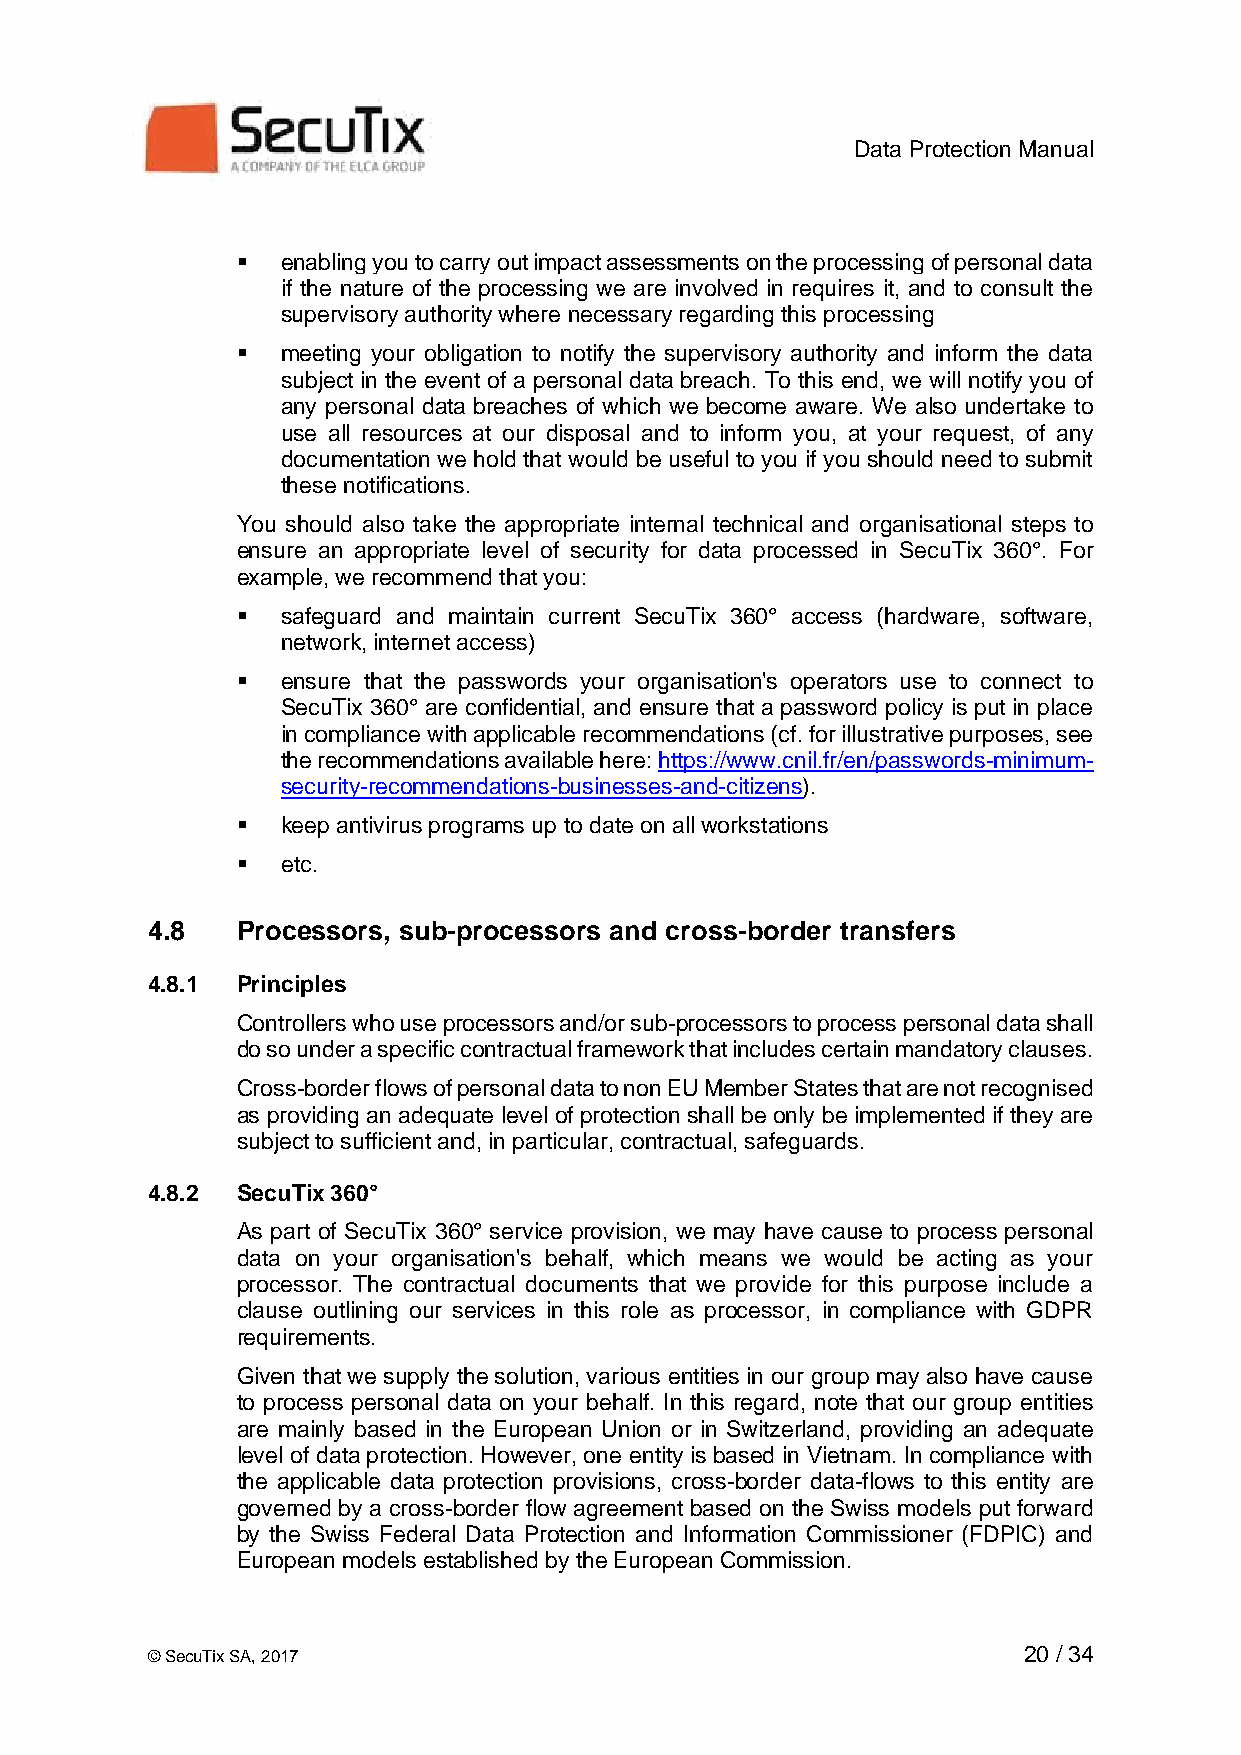
Data Protection Manual
 ▪  enabling you to carry out impact assessments on the processing of personal data
 if the nature of the processing we are involved in requires it, and to consult the
 supervisory authority where necessary regarding this processing
 ▪  meeting your obligation to notify the supervisory authority and inform the data
 subject in the event of a personal data breach. To this end, we will notify you of
 any personal data breaches of which we become aware. We also undertake to
 use all resources at our disposal and to inform you, at your request, of any
 documentation we hold that would be useful to you if you should need to submit
 these notifications.
 You should also take the appropriate internal technical and organisational steps to
 ensure an appropriate level of security for data processed in SecuTix 360°. For
 example, we recommend that you:
 ▪  safeguard and maintain current SecuTix 360° access (hardware, software,
 network, internet access)
 ▪  ensure that the passwords your organisation's operators use to connect to
 SecuTix 360° are confidential, and ensure that a password policy is put in place
 in compliance with applicable recommendations (cf. for illustrative purposes, see
 the recommendations available here: https://www.cnil.fr/en/passwords-minimum-
 security-recommendations-businesses-and-citizens).
 ▪  keep antivirus programs up to date on all workstations
 ▪  etc.
 4.8   Processors, sub-processors and cross-border transfers
 4.8.1 Principles
 Controllers who use processors and/or sub-processors to process personal data shall
 do so under a specific contractual framework that includes certain mandatory clauses.
 Cross-border flows of personal data to non EU Member States that are not recognised
 as providing an adequate level of protection shall be only be implemented if they are
 subject to sufficient and, in particular, contractual, safeguards.
 4.8.2 SecuTix 360°
 As part of SecuTix 360° service provision, we may have cause to process personal
 data on your organisation's behalf, which means we would be acting as your
 processor. The contractual documents that we provide for this purpose include a
 clause outlining our services in this role as processor, in compliance with GDPR
 requirements.
 Given that we supply the solution, various entities in our group may also have cause
 to process personal data on your behalf. In this regard, note that our group entities
 are mainly based in the European Union or in Switzerland, providing an adequate
 level of data protection. However, one entity is based in Vietnam. In compliance with
 the applicable data protection provisions, cross-border data-flows to this entity are
 governed by a cross-border flow agreement based on the Swiss models put forward
 by the Swiss Federal Data Protection and Information Commissioner (FDPIC) and
 European models established by the European Commission.
 © SecuTix SA, 2017                                        20 / 34